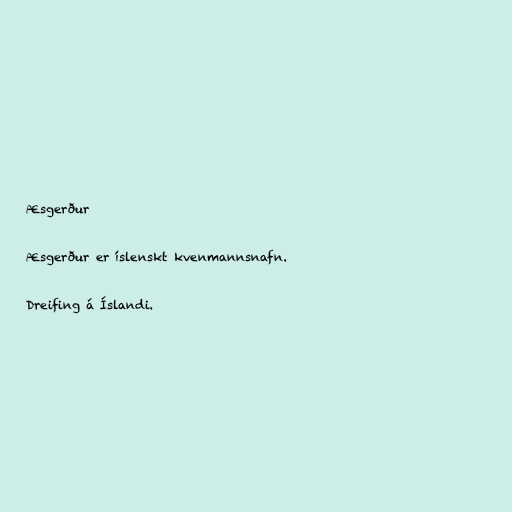
Æsgerður

Æsgerður er íslenskt kvenmannsnafn.

Dreifing á Íslandi.